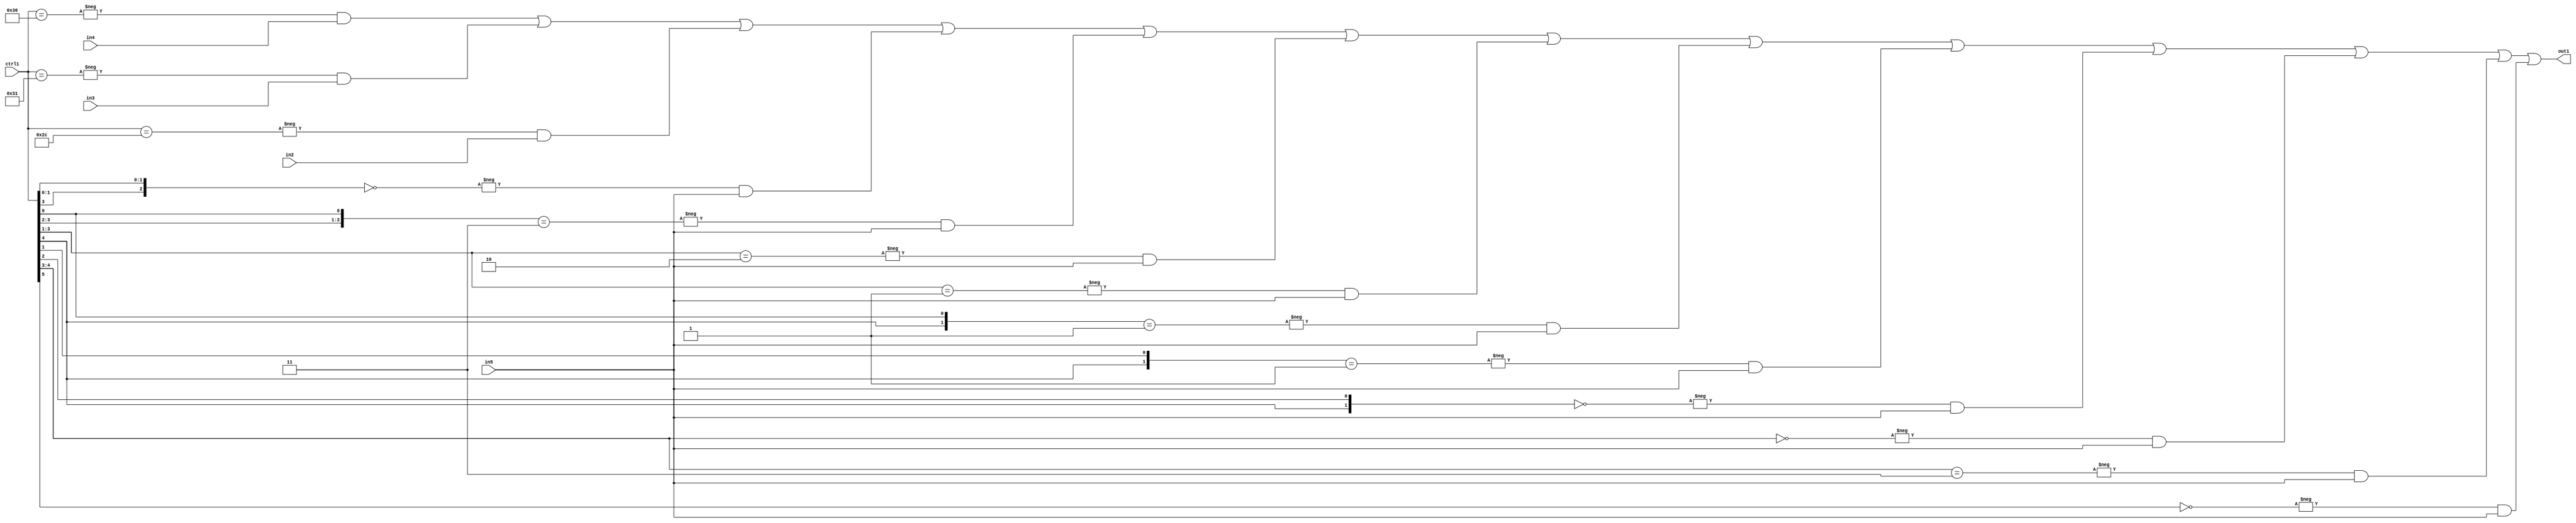
`timescale 1ps / 1ps
/*****************************************************************************
    Verilog RTL Description
    
    
    Created by: Stratus DpOpt 21.05.01 
*******************************************************************************/

module SobelFilter_N_Mux_32_4_55_4 (
	in5,
	in4,
	in3,
	in2,
	ctrl1,
	out1
	); /* architecture "behavioural" */ 
input [31:0] in5;
input [8:0] in4,
	in3,
	in2;
input [5:0] ctrl1;
output [31:0] out1;
wire [31:0] asc001;

assign asc001 = 
	-{ctrl1 == 6'B110110} & in4 |
	-{ctrl1 == 6'B110001} & in3 |
	-{ctrl1 == 6'B101100} & in2 |
	-{{ctrl1[3], ctrl1[1:0]} == 3'B000} & in5 |
	-{{ctrl1[3:2], ctrl1[0]} == 3'B011} & in5 |
	-{ctrl1[3:1] == 3'B010} & in5 |
	-{ctrl1[3:1] == 3'B001} & in5 |
	-{{ctrl1[4], ctrl1[0]} == 2'B01} & in5 |
	-{{ctrl1[4], ctrl1[1]} == 2'B01} & in5 |
	-{{ctrl1[4], ctrl1[2]} == 2'B00} & in5 |
	-{ctrl1[4:3] == 2'B00} & in5 |
	-{ctrl1[4:3] == 2'B11} & in5 |
	-{ctrl1[5] == 1'B0} & in5 ;

assign out1 = asc001;
endmodule

/* CADENCE  vbn5Qwg= : u9/ySxbfrwZIxEzHVQQV8Q== ** DO NOT EDIT THIS LINE ******/